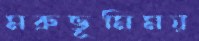
মরুভূমিময়